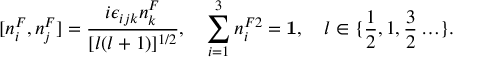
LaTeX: [ n _ { i } ^ { F } , n _ { j } ^ { F } ] = \frac { i \epsilon _ { i j k } n _ { k } ^ { F } } { [ l ( l + 1 ) ] ^ { 1 / 2 } } , \quad \sum _ { i = 1 } ^ { 3 } n _ { i } ^ { F 2 } = { \bf 1 } , \quad l \in \{ \frac { 1 } { 2 } , 1 , \frac { 3 } { 2 } \ldots \} .